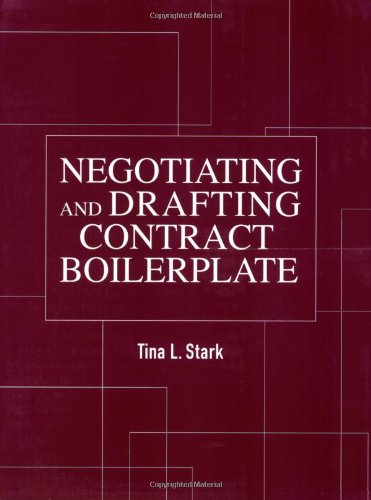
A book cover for Negotiating and Drafting Contract Boilerplate; Tina L. Stark; Law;